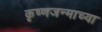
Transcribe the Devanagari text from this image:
कृष्णजन्माच्या